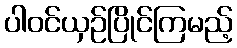
ပါဝင်ယှဉ်ပြိုင်ကြမည့်